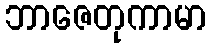
ဘာဇေတုကာမာ